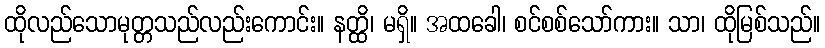
ထိုလည်သောမုတ္တသည်လည်းကောင်း။ နတ္ထိ၊ မရှိ။ အထခေါ၊ စင်စစ်သော်ကား။ သာ၊ ထိုမြစ်သည်။